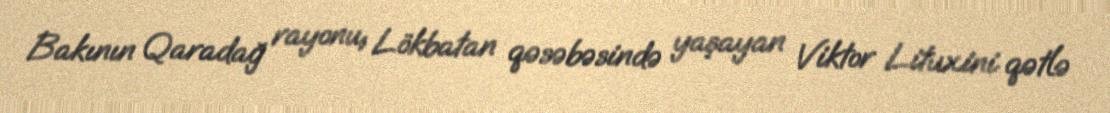
Bakının Qaradağ rayonu, Lökbatan qəsəbəsində yaşayan Viktor Lituxini qətlə